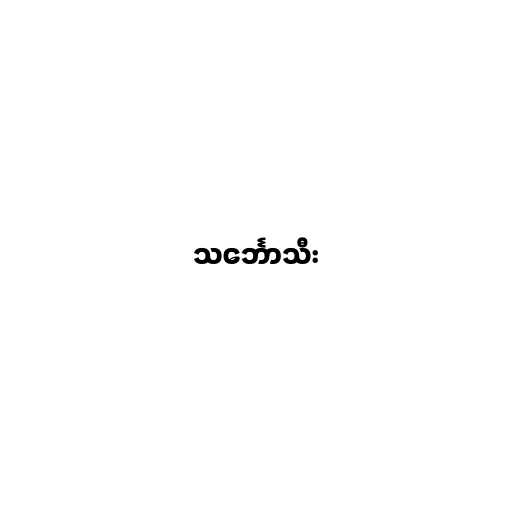
သင်္ဘောသီး